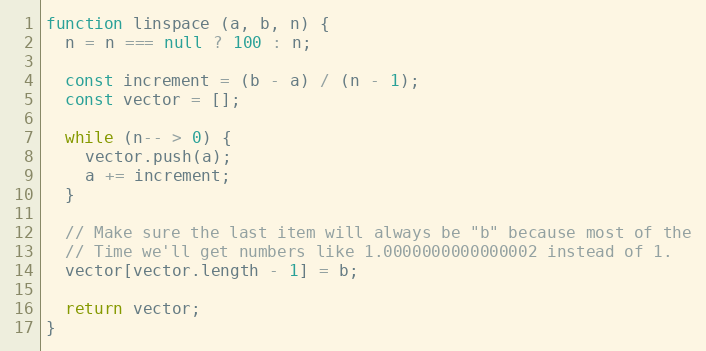
Language: JavaScript
function linspace (a, b, n) {
  n = n === null ? 100 : n;

  const increment = (b - a) / (n - 1);
  const vector = [];

  while (n-- > 0) {
    vector.push(a);
    a += increment;
  }

  // Make sure the last item will always be "b" because most of the
  // Time we'll get numbers like 1.0000000000000002 instead of 1.
  vector[vector.length - 1] = b;

  return vector;
}